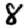
Digit: 8